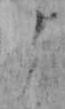
よ